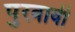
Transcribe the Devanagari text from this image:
पुरवावी